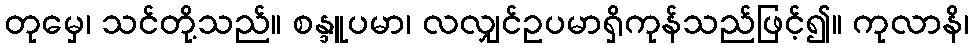
တုမှေ၊ သင်တို့သည်။ စန္ဒူပမာ၊ လလျှင်ဥပမာရှိကုန်သည်ဖြင့်၍။ ကုလာနိ၊